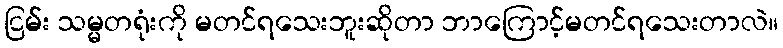
ငြမ်း သမ္မတရုံးကို မတင်ရသေးဘူးဆိုတာ ဘာကြောင့်မတင်ရသေးတာလဲ။